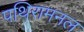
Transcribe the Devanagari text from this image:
पथिरामनल